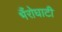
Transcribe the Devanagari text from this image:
भैंरोघाटी